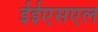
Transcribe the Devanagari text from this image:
ईईएसएल